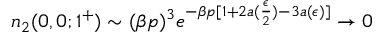
n _ { 2 } ( 0 , 0 ; 1 ^ { + } ) \sim ( \beta p ) ^ { 3 } e ^ { - \beta p [ 1 + 2 a ( \frac { \epsilon } { 2 } ) - 3 a ( \epsilon ) ] } \to 0